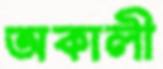
অকালী